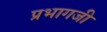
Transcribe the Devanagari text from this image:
प्रभागजी